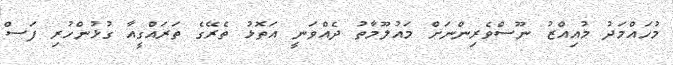
މުހައްމަދު މުއިއްޒު ނޫސްވެރިންނަށް މައުލޫމާތު ދެއްވަނީ އަތޮޅު ތެރޭގެ ތަރައްގީއާ ގުޅުންހުރި ފަސް